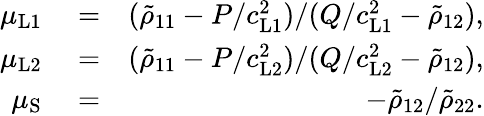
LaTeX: \begin{array}{rlr}{\mu_{\mathrm{L1}}}&{{}=}&{(\tilde{\rho}_{11}-P/c_{\mathrm{L1}}^{2})/(Q/c_{\mathrm{L1}}^{2}-\tilde{\rho}_{12}),}\\ {\mu_{\mathrm{L2}}}&{{}=}&{(\tilde{\rho}_{11}-P/c_{\mathrm{L2}}^{2})/(Q/c_{\mathrm{L2}}^{2}-\tilde{\rho}_{12}),}\\ {\mu_{\mathrm{S}}}&{{}=}&{-\tilde{\rho}_{12}/\tilde{\rho}_{22}.}\end{array}